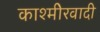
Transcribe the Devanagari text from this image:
काश्‍मीेरवादी